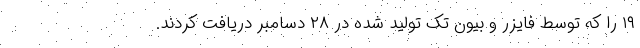
۱۹ را که توسط فایزر و بیون تک تولید شده در ۲۸ دسامبر دریافت کردند.